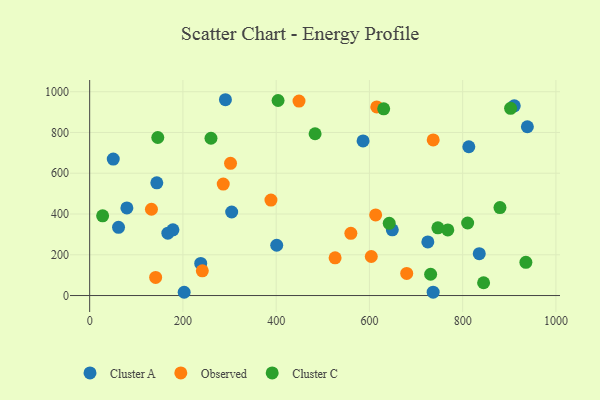
{"axis": {"x": "Investment", "y": "Demand"}, "legend": ["Cluster A", "Cluster C", "Observed"], "data": [{"x": "79.8", "y": 429.6, "type": "Cluster A"}, {"x": "736.7", "y": 16.3, "type": "Cluster A"}, {"x": "304.6", "y": 409.9, "type": "Cluster A"}, {"x": "649.1", "y": 322.6, "type": "Cluster A"}, {"x": "178.6", "y": 322.5, "type": "Cluster A"}, {"x": "586.4", "y": 758.5, "type": "Cluster A"}, {"x": "202.7", "y": 16.0, "type": "Cluster A"}, {"x": "50.6", "y": 669.6, "type": "Cluster A"}, {"x": "910.7", "y": 931.0, "type": "Cluster A"}, {"x": "61.9", "y": 334.6, "type": "Cluster A"}, {"x": "144.0", "y": 552.8, "type": "Cluster A"}, {"x": "835.6", "y": 205.6, "type": "Cluster A"}, {"x": "167.7", "y": 305.8, "type": "Cluster A"}, {"x": "813.2", "y": 729.9, "type": "Cluster A"}, {"x": "401.2", "y": 246.6, "type": "Cluster A"}, {"x": "238.2", "y": 157.7, "type": "Cluster A"}, {"x": "938.8", "y": 828.0, "type": "Cluster A"}, {"x": "291.2", "y": 960.7, "type": "Cluster A"}, {"x": "725.3", "y": 263.1, "type": "Cluster A"}, {"x": "449.0", "y": 954.3, "type": "Observed"}, {"x": "302.1", "y": 648.7, "type": "Observed"}, {"x": "615.8", "y": 925.2, "type": "Observed"}, {"x": "141.5", "y": 88.7, "type": "Observed"}, {"x": "680.0", "y": 108.6, "type": "Observed"}, {"x": "286.5", "y": 547.1, "type": "Observed"}, {"x": "526.4", "y": 184.8, "type": "Observed"}, {"x": "736.8", "y": 763.7, "type": "Observed"}, {"x": "613.4", "y": 395.5, "type": "Observed"}, {"x": "241.6", "y": 121.1, "type": "Observed"}, {"x": "132.5", "y": 423.4, "type": "Observed"}, {"x": "560.2", "y": 305.2, "type": "Observed"}, {"x": "604.0", "y": 191.5, "type": "Observed"}, {"x": "388.8", "y": 468.3, "type": "Observed"}, {"x": "731.3", "y": 104.4, "type": "Cluster C"}, {"x": "404.1", "y": 957.0, "type": "Cluster C"}, {"x": "935.6", "y": 162.9, "type": "Cluster C"}, {"x": "630.6", "y": 916.2, "type": "Cluster C"}, {"x": "146.1", "y": 775.4, "type": "Cluster C"}, {"x": "746.9", "y": 332.1, "type": "Cluster C"}, {"x": "810.7", "y": 355.9, "type": "Cluster C"}, {"x": "902.8", "y": 918.7, "type": "Cluster C"}, {"x": "844.9", "y": 62.8, "type": "Cluster C"}, {"x": "768.1", "y": 321.7, "type": "Cluster C"}, {"x": "260.2", "y": 771.7, "type": "Cluster C"}, {"x": "642.5", "y": 354.4, "type": "Cluster C"}, {"x": "880.0", "y": 431.6, "type": "Cluster C"}, {"x": "483.5", "y": 793.7, "type": "Cluster C"}, {"x": "27.8", "y": 391.1, "type": "Cluster C"}]}